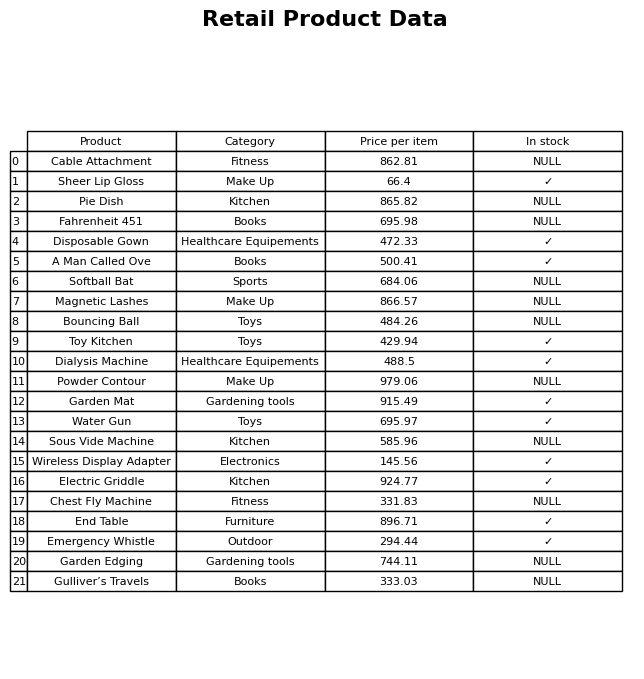
question: What is the price for Garden Mat?
answer: The price of Garden Mat is 915.49.